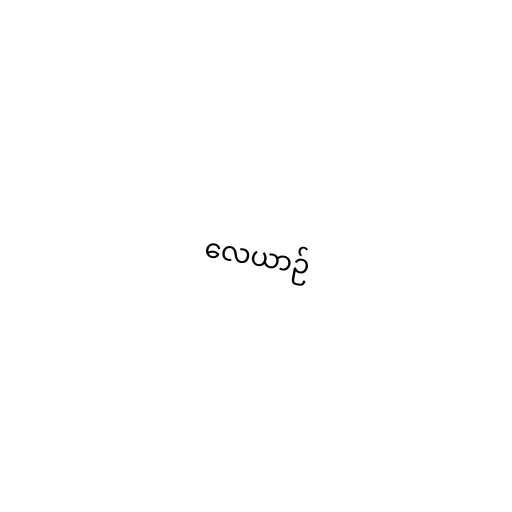
လေယာဉ်